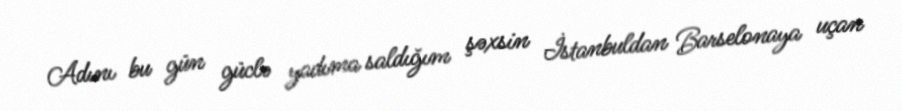
Adını bu gün güclə yadıma saldığım şəxsin İstanbuldan Barselonaya uçan